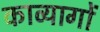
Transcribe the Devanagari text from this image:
काव्यागों